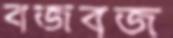
বজবজ